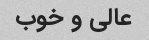
عالی و خوب